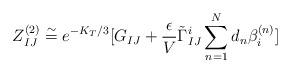
LaTeX: \begin{align*}Z^{(2)}_{IJ}\stackrel{\sim}{=}e^{-K_T/3}[G_{IJ}+{\epsilon\over V}\tilde\Gamma^i_{IJ}\sum^N_{n=1}d_n \beta^{(n)}_i]\end{align*}